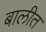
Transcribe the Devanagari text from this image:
बालीत